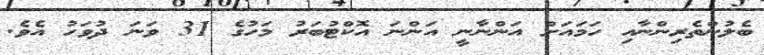
ބެލުންތެރިންނާއި ހަމައަށް އަންނާނީ އަންނަ އޮކްޓުބަރު މަހުގެ 31 ވަނަ ދުވަހު އެވެ.